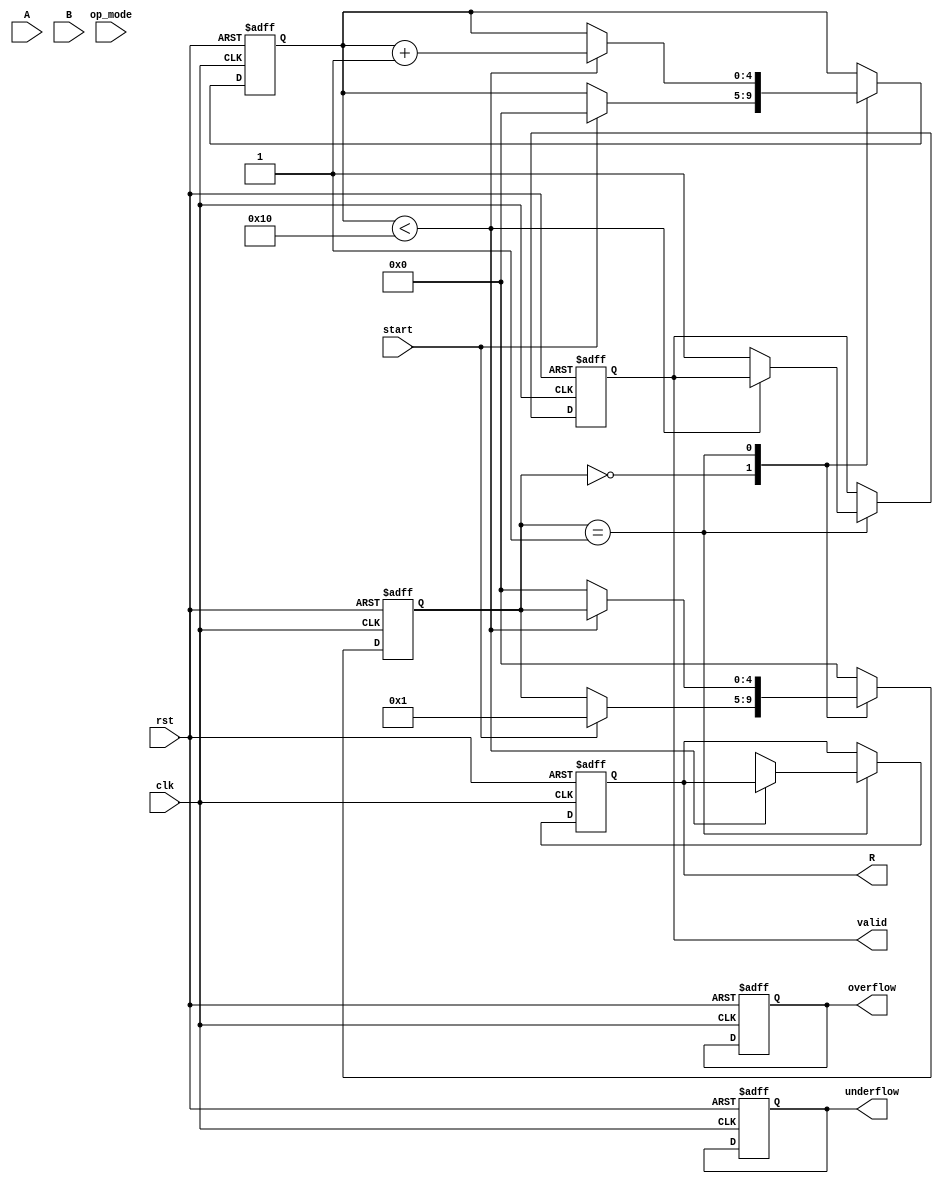
module unified_cordic #(
    parameter WIDTH = 16, // Bit width for fixed-point representation
    parameter ITERATIONS = 16 // Number of CORDIC iterations
)(
    input wire clk,
    input wire rst,
    input wire [WIDTH-1:0] A, // First operand
    input wire [WIDTH-1:0] B, // Second operand
    input wire [2:0] op_mode, // Operation mode: 0-add, 1-sub, 2-mul, 3-div, 4-rotate
    input wire start,
    output reg [WIDTH-1:0] R, // Result
    output reg valid, // Result valid flag
    output reg overflow, // Overflow flag
    output reg underflow // Underflow flag
);

    // Internal signals
    reg [WIDTH-1:0] x[0:ITERATIONS-1]; // X coordinates
    reg [WIDTH-1:0] y[0:ITERATIONS-1]; // Y coordinates
    reg [WIDTH-1:0] z[0:ITERATIONS-1]; // Angle accumulator
    reg [4:0] state; // State for FSM
    reg [4:0] iteration; // Current iteration count

    // CORDIC angle lookup table
    reg [WIDTH-1:0] atan_table[0:ITERATIONS-1];
    initial begin
        // Initialize atan_table with pre-computed arctangent values
        atan_table[0] = 16'h26DD; // atan(1) in fixed-point
        atan_table[1] = 16'h1C71; // atan(0.5)
        atan_table[2] = 16'h14AE; // atan(0.25)
        // ... Fill in the rest of the table
    end

    // State machine for CORDIC operation
    always @(posedge clk or posedge rst) begin
        if (rst) begin
            state <= 0;
            iteration <= 0;
            valid <= 0;
            overflow <= 0;
            underflow <= 0;
            R <= 0;
        end else begin
            case (state)
                0: begin // Idle state
                    if (start) begin
                        // Initialize x and y based on operation mode
                        x[0] <= A;
                        y[0] <= (op_mode == 0 || op_mode == 1) ? B : 0; // For add/sub
                        z[0] <= (op_mode == 4) ? B : 0; // For rotation
                        iteration <= 0;
                        state <= 1; // Move to next state
                    end
                end
                1: begin // CORDIC iterations
                    if (iteration < ITERATIONS) begin
                        // Perform CORDIC rotation or vectoring
                        if (z[iteration] < 0) begin
                            x[iteration + 1] <= x[iteration] + (y[iteration] >>> iteration);
                            y[iteration + 1] <= y[iteration] - (x[iteration] >>> iteration);
                            z[iteration + 1] <= z[iteration] + atan_table[iteration];
                        end else begin
                            x[iteration + 1] <= x[iteration] - (y[iteration] >>> iteration);
                            y[iteration + 1] <= y[iteration] + (x[iteration] >>> iteration);
                            z[iteration + 1] <= z[iteration] - atan_table[iteration];
                        end
                        iteration <= iteration + 1;
                    end else begin
                        // Final result
                        R <= x[ITERATIONS]; // Output result
                        valid <= 1; // Set valid flag
                        state <= 0; // Go back to idle
                    end
                end
                default: state <= 0; // Reset to idle on unexpected state
            endcase
        end
    end
endmodule